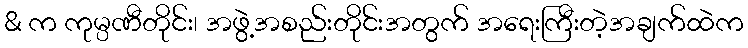
& က ကုမ္ပဏီတိုင်း၊ အဖွဲ့အစည်းတိုင်းအတွက် အရေးကြီးတဲ့အချက်ထဲက